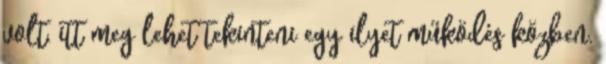
volt, itt meg lehet tekinteni egy ilyet működés közben.